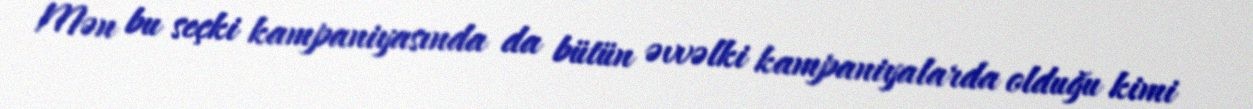
Mən bu seçki kampaniyasında da bütün əvvəlki kampaniyalarda olduğu kimi